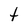
Character: t